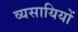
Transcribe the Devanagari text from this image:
व्यसायियों